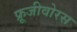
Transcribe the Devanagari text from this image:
फ्रूजीवोरस